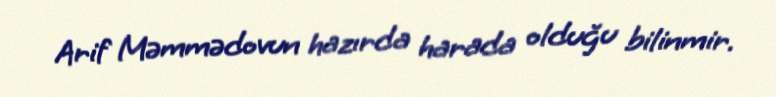
Arif Məmmədovun hazırda harada olduğu bilinmir.